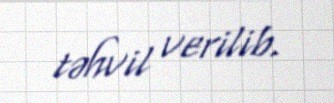
təhvil verilib.